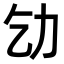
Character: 𠠶